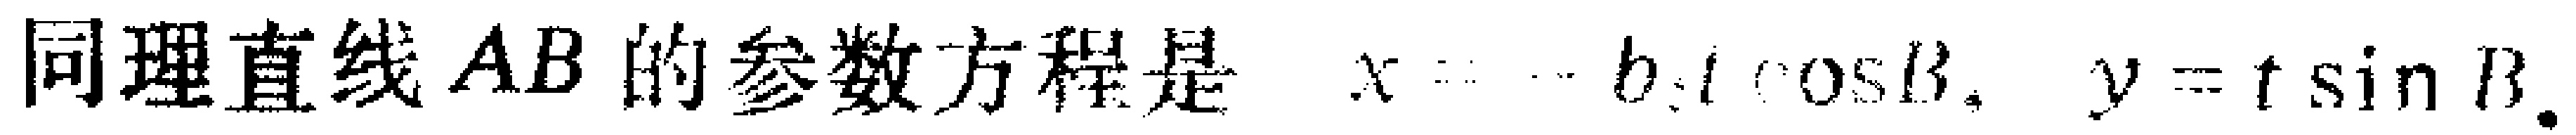
同理直线 \(AB\) 的参数方程是 \(x = - b t \cos \beta, y = t \sin \beta\).